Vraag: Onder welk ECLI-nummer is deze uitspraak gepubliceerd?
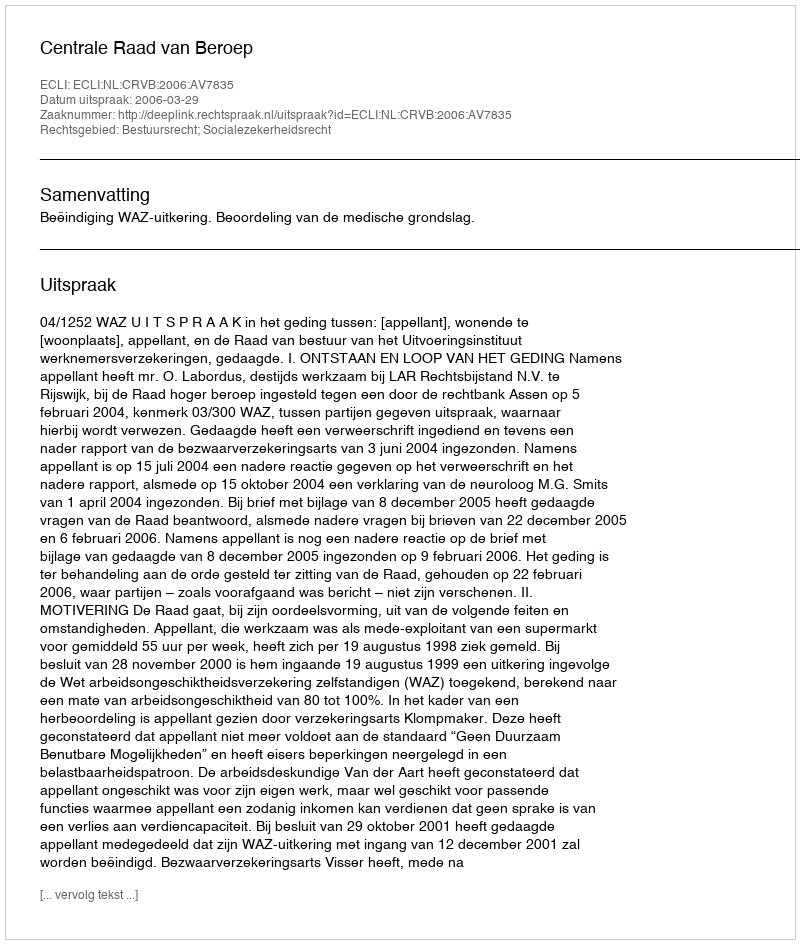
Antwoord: ECLI:NL:CRVB:2006:AV7835